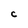
Character: C